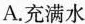
A. 充满水